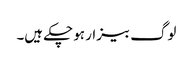
لوگ بیزار ہو چکے ہیں۔